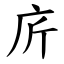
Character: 庍